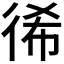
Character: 𢓬